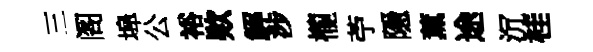
三阁埠公裕欵解涉櫳苧隱薰途沉桂